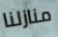
منازلنا